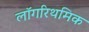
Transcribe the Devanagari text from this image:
लॉगरिथमिक